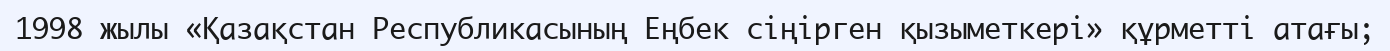
1998 жылы «Қазақстан Республикасының Еңбек сіңірген қызыметкері» құрметті атағы;